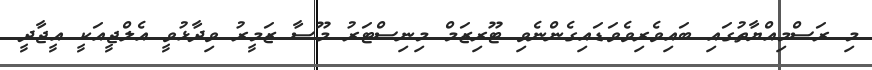
މި ރަސްމިއްޔާތުގައި ބައިވެރިވެވަޑައިގެންނެވި ޓޫރިޒަމް މިނިސްޓަރު މޫސާ ޒަމީރު ވިދާޅުވީ އެލްޖީއަކީ އީޖާދީ